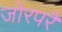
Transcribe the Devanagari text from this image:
जोरपरै